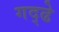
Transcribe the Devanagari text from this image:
गद्ढे